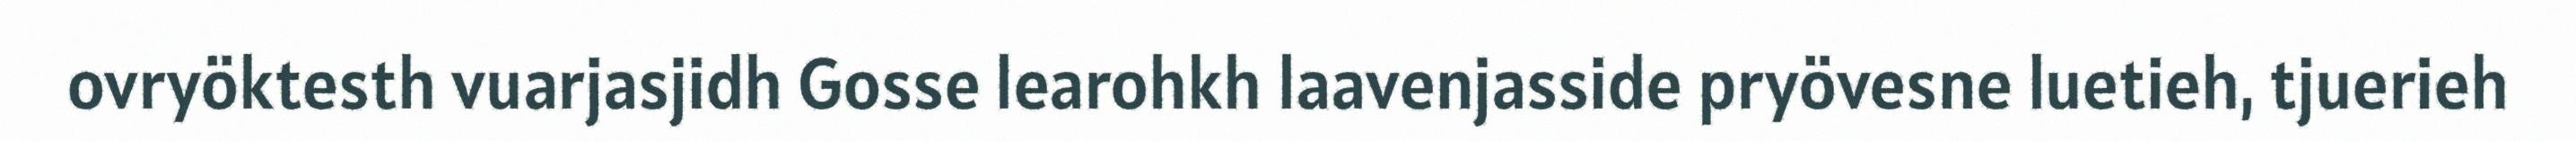
ovryöktesth vuarjasjidh Gosse learohkh laavenjasside pryövesne luetieh, tjuerieh